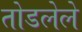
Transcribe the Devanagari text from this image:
तोडलेले